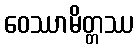
ဝေဿာမိတ္တဿ